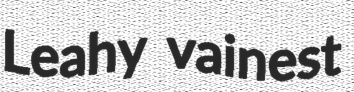
Leahy vainest